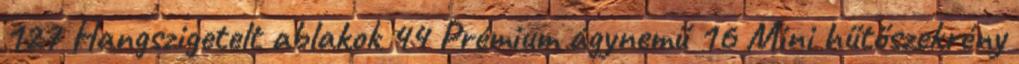
127 Hangszigetelt ablakok 44 Prémium ágynemű 16 Mini hűtőszekrény